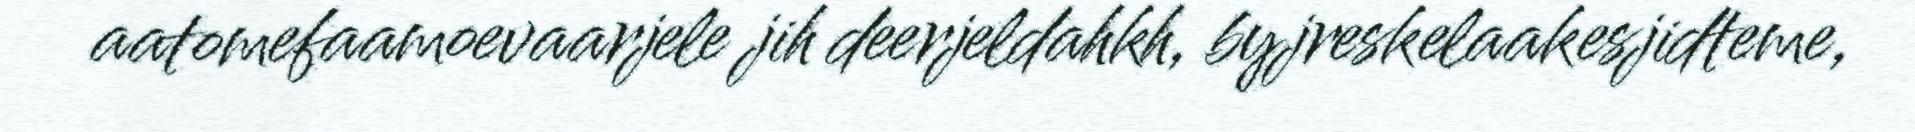
aatomefaamoevaarjele jih deerjeldahkh, byjreskelaakesjidteme,